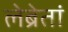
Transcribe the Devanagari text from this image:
लेब्रेतां